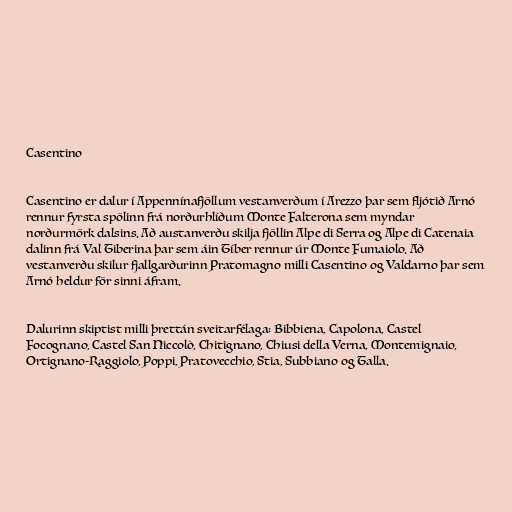
Casentino

Casentino er dalur í Appennínafjöllum vestanverðum í Arezzo þar sem fljótið Arnó
rennur fyrsta spölinn frá norðurhlíðum Monte Falterona sem myndar
norðurmörk dalsins. Að austanverðu skilja fjöllin Alpe di Serra og Alpe di Catenaia
dalinn frá Val Tiberina þar sem áin Tíber rennur úr Monte Fumaiolo. Að
vestanverðu skilur fjallgarðurinn Pratomagno milli Casentino og Valdarno þar sem
Arnó heldur för sinni áfram.

Dalurinn skiptist milli þrettán sveitarfélaga: Bibbiena, Capolona, Castel
Focognano, Castel San Niccolò, Chitignano, Chiusi della Verna, Montemignaio,
Ortignano-Raggiolo, Poppi, Pratovecchio, Stia, Subbiano og Talla.